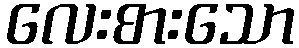
လေးစားသော